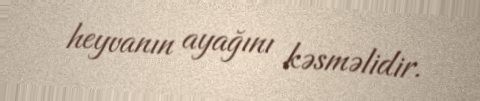
heyvanın ayağını kəsməlidir.